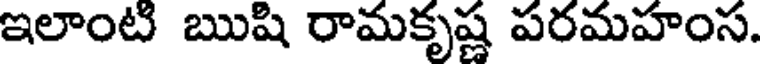
ఇలాంటి ఋషి రామకృష్ణ పరమహంస.